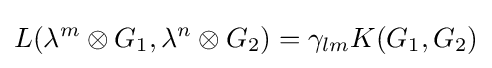
L(\lambda ^{m}\otimes G_{1},\lambda ^{n}\otimes G_{2})=\gamma _{lm}K(G_{1},G_{2})